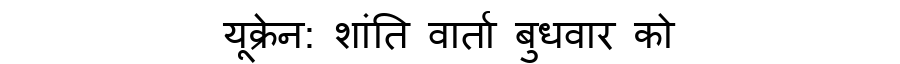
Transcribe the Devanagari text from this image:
यूक्रेन: शांति वार्ता बुधवार को